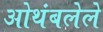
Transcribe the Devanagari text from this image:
ओथंबलेले